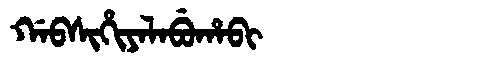
Manchu: ᡤᠠᠪᠰᡳᡥᡳᠶᠠᠯᠠᠪᡠᡥᠠᠪᡳ
Romanization: GABSIHIYALABUHABI